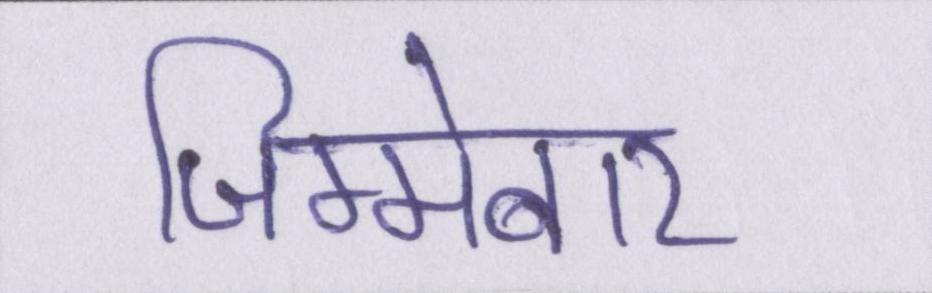
जिम्मेबार